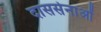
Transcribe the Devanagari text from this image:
दाससेनाओं